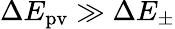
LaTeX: \Delta E_{\mathrm{{pv}}}\gg\Delta E_{\pm}